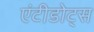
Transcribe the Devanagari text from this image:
एंटीडोट्स